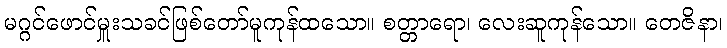
မဂ္ဂင်ဖောင်မှူးသခင်ဖြစ်တော်မူကုန်ထသော။ စတ္တာရော၊ လေးဆူကုန်သော။ တေဇိနာ၊